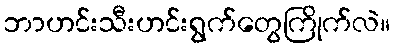
ဘာဟင်းသီးဟင်းရွက်တွေကြိုက်လဲ။